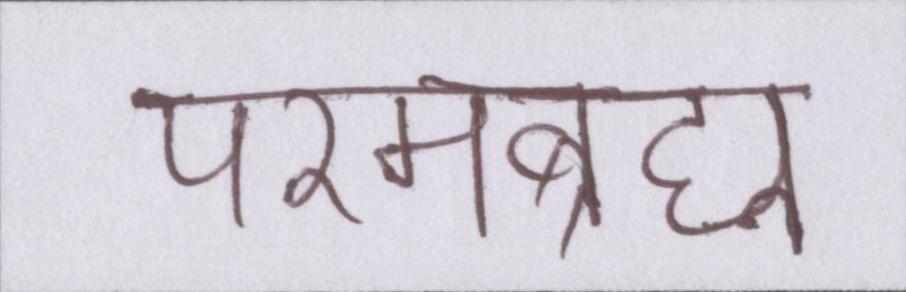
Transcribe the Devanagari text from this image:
परमब्रह्म